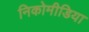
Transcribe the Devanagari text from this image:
निकोमीडिया